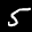
Label: 5